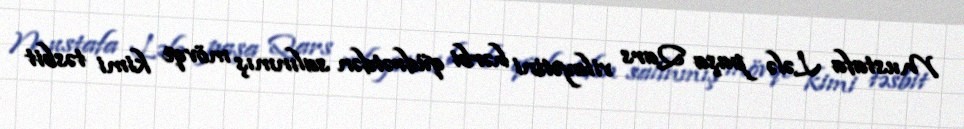
Mustafa Lələ paşa Qars vilayətini hərbi qüdrətdən salınmış mövqe kimi təsbit